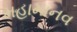
મહામાનવ